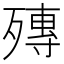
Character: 𣩘